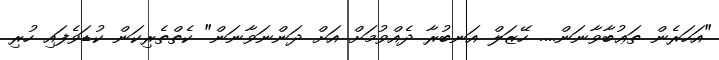
"އަހަރެން ތަޢުބާވާނަން.... ހޭޒަލް އަނބުރާ ދެއްވުމަށް އަށް ދަންނަވާނަން" ކެތްތެރިކަން ކުޑަވެފައި ހުރި